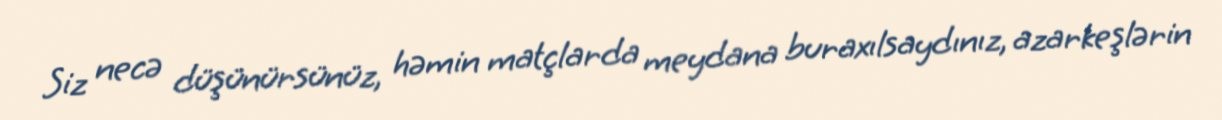
Siz necə düşünürsünüz, həmin matçlarda meydana buraxılsaydınız, azarkeşlərin